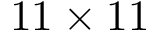
1 1 \times 1 1